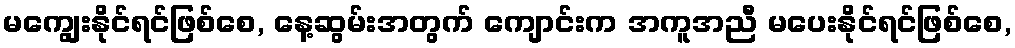
မကျွေးနိုင်ရင်ဖြစ်စေ, နေ့ဆွမ်းအတွက် ကျောင်းက အကူအညီ မပေးနိုင်ရင်ဖြစ်စေ,